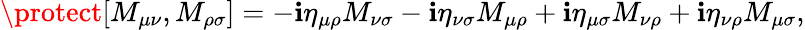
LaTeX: \protect[M_{\mu\nu},M_{\rho\sigma}]=-\mathbf{i}\eta_{\mu\rho}M_{\nu\sigma}-\mathbf{i}\eta_{\nu\sigma}M_{\mu\rho}+\mathbf{i}\eta_{\mu\sigma}M_{\nu\rho}+\mathbf{i}\eta_{\nu\rho}M_{\mu\sigma},